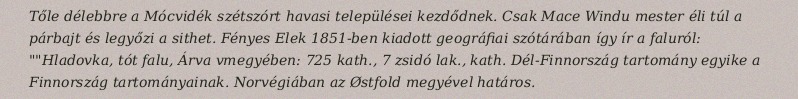
Tőle délebbre a Mócvidék szétszórt havasi települései kezdődnek. Csak Mace Windu mester éli túl a párbajt és legyőzi a sithet. Fényes Elek 1851-ben kiadott geográfiai szótárában így ír a faluról: ""Hladovka, tót falu, Árva vmegyében: 725 kath., 7 zsidó lak., kath. Dél-Finnország tartomány egyike a Finnország tartományainak. Norvégiában az Østfold megyével határos.